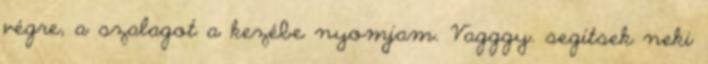
végre, a szalagot a kezébe nyomjam. Vagggy. segítsek neki